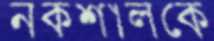
নকশালকে